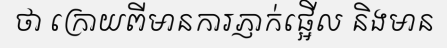
ថា ក្រោយពីមានការភ្ញាក់ផ្អើល និងមាន